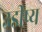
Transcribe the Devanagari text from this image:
उडीष्य